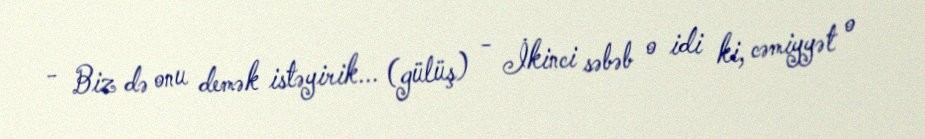
- Biz də onu demək istəyirik... (gülüş) - İkinci səbəb o idi ki, cəmiyyət o